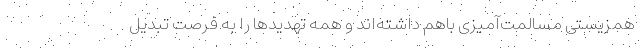
همزیستی مسالمت‌آمیزی باهم داشته‌اند و همه تهدیدها را به فرصت تبدیل